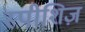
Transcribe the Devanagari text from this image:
स्पीशिज़